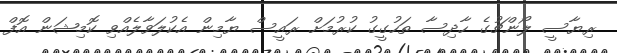
ރިޔާސީ ލޯންޗުގެ ހާދިސާ ތަހުގީގު ކުރުމަށް ރައީސް ޔާމިން އެކުލަވާލެއްވި ކޮމިޝަން އޮފް